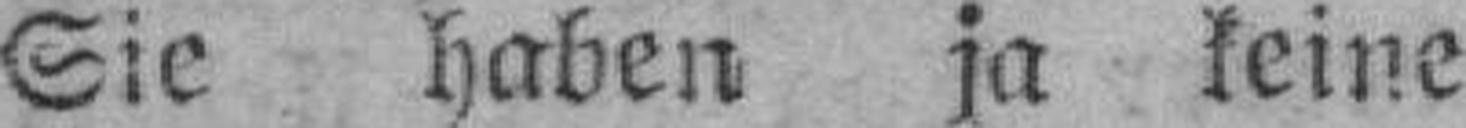
Sie haben ja keine